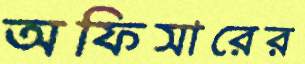
অফিসারের